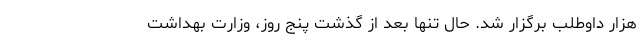
هزار داوطلب برگزار شد. حال تنها بعد از گذشت پنج روز، وزارت بهداشت